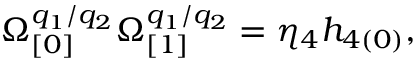
\Omega _ { \lbrack 0 ] } ^ { q _ { 1 } / q _ { 2 } } \Omega _ { \lbrack 1 ] } ^ { q _ { 1 } / q _ { 2 } } = \eta _ { 4 } h _ { 4 ( 0 ) } ,